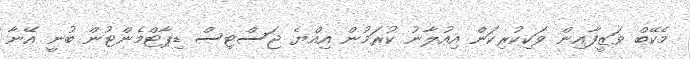
މެކޭބް ވަޒީފާއިން ވަކިކުރިކަން އިއުލާނު ކުރަމުން އިއްޔެ ޖަސްޓިސް ޑިޕާޓްމެންޓުން ބުނީ އޭނާ